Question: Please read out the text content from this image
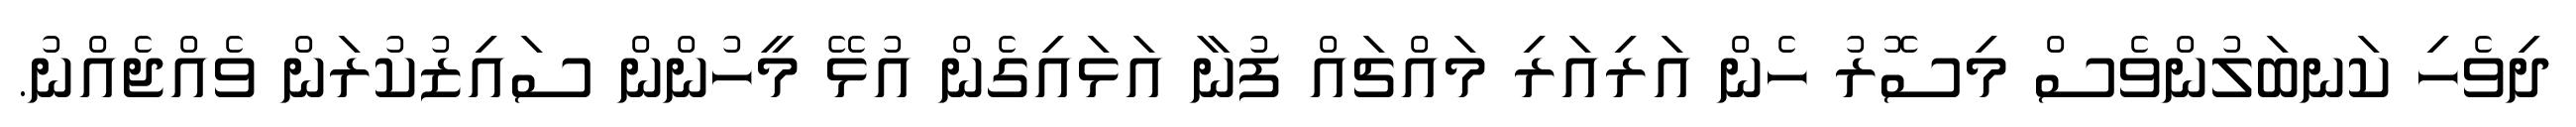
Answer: ދިވެހި ކަނބަލުންވެސް މިސޮރު ހެން އަރިއަރި މައްޗައް ފުނާ އަޅައިގެން އުޅޭ މީހުންން ސައިޒުކުރަން ވެއްޖެއްނު.